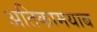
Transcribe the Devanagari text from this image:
अतिकामयाब